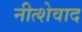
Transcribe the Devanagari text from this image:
नीत्शेवाद